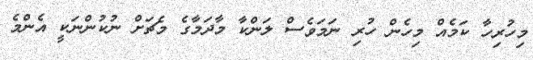
މިހުރިހާ ކަމެއް މިހެން ހުރި ނަމަވެސް ލަންކާ މާދަމާގެ މެޗަށް ނުކުންނަކީ އެންމެ